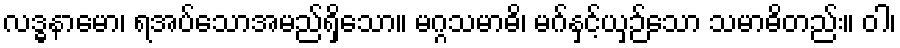
လဒ္ဓနာမော၊ ရအပ်သောအမည်ရှိသော။ မဂ္ဂသမာဓိ၊ မဂ်နှင့်ယှဉ်သော သမာဓိတည်း။ ဝါ၊